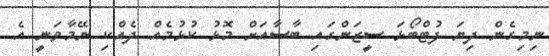
ނިމިގެން ދިޔަ ފުޓްބޯޅަ ސީޒަންގައި ބާސާއަށް މޮޅު ކުޅުމެއް ދެއްކި ނޭމާވަނީ އެ